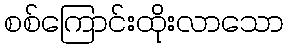
စစ်ကြောင်းထိုးလာသော